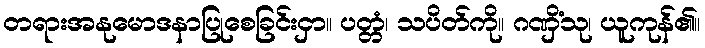
တရားအနုမောဒနာပြုစေခြင်းငှာ။ ပတ္တံ၊ သပိတ်ကို။ ဂဏှိံသု၊ ယူကုန်၏။